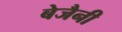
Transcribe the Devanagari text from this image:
बेजैनी